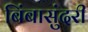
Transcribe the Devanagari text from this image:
बिंबासुंदरी